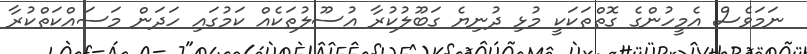
ނަމަވެސް އެމީހުންގެ ގޮތްތަކަކީ މުޅި ދުނިޔެ ގަބޫލުކުރާ އުސޫލުތަކެއް ކަމުގައި ހަދަން މަސައްކަތްކުރާ